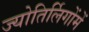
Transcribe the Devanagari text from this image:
ज्योतिर्लिगोंमें